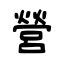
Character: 營